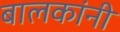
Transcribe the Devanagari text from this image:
बालकांनी